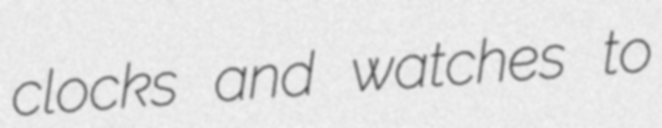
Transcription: clocks and watches to